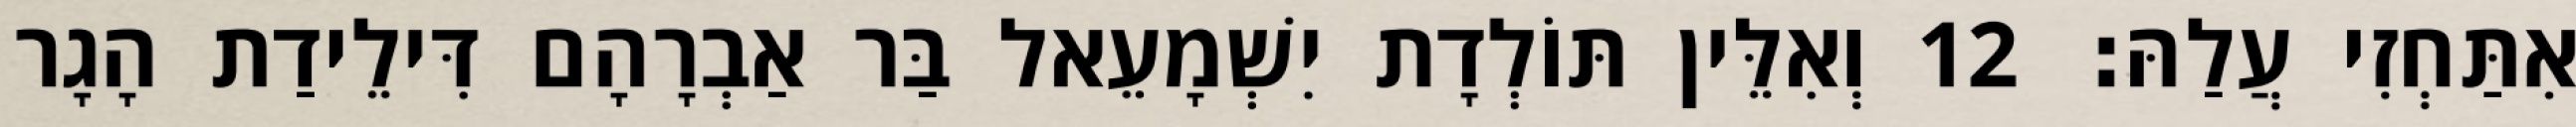
אִתַּחְזִי עֲלַהּ׃ 12 וְאִלֵּין תּוֹלְדָת יִשְׁמָעֵאל בַּר אַבְרָהָם דִּילֵידַת הָגָר